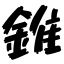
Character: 錐